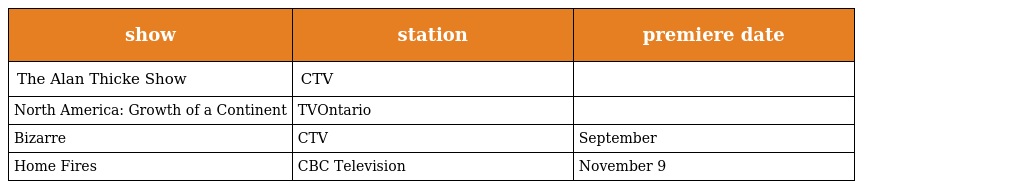
| show | station | premiere date |
 | --- | --- | --- |
 | The Alan Thicke Show | CTV |  |
 | North America: Growth of a Continent | TVOntario |  |
 | Bizarre | CTV | September |
 | Home Fires | CBC Television | November 9 |